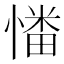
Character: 𢟷